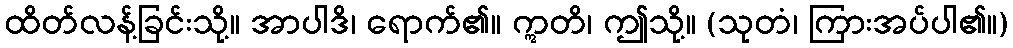
ထိတ်လန့်ခြင်းသို့။ အာပါဒိ၊ ရောက်၏။ ဣတိ၊ ဤသို့။ (သုတံ၊ ကြားအပ်ပါ၏။)